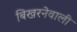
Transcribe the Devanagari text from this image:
बिखरनेवाली